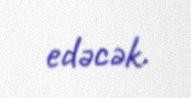
edəcək.